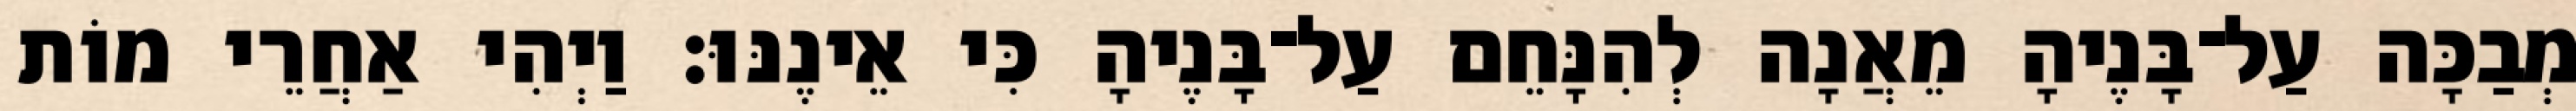
מְבַכָּה עַל־בָּנֶיהָ מֵאֲנָה לְהִנָּחֵם עַל־בָּנֶיהָ כִּי אֵינֶנּוּ׃ וַיְהִי אַחֲרֵי מוֹת